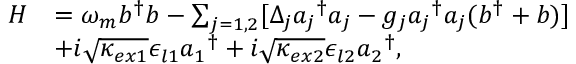
\begin{array} { r l } { H } & { = \omega _ { m } b ^ { \dagger } b - \sum _ { j = 1 , 2 } [ \Delta _ { j } { a _ { j } } ^ { \dagger } a _ { j } - g _ { j } { a _ { j } } ^ { \dagger } a _ { j } ( b ^ { \dagger } + b ) ] } \\ & { + i \sqrt { \kappa _ { e x 1 } } \epsilon _ { l 1 } { a _ { 1 } } ^ { \dagger } + i \sqrt { \kappa _ { e x 2 } } \epsilon _ { l 2 } { a _ { 2 } } ^ { \dagger } , } \end{array}